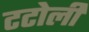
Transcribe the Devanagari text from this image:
टटोली